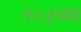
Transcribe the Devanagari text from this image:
१०३च्या